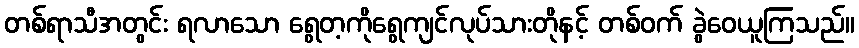
တစ်ရာသီအတွင်း ရလာသော ရွေတ့ကိုရွေကျင်လုပ်သားတိုနင့် တစ်ဝက် ခွဲဝေယူကြသည်။